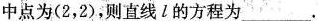
中点为(2，2)，则直线l的方程为___.